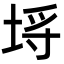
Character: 埓